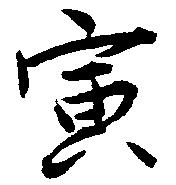
寅